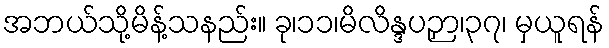
အဘယ်သို့မိန့်သနည်း။ ခု၊၁၁၊မိလိန္ဒပဉှာ၊၃၇၊ မှယူရန်